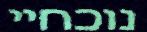
נוכחיי